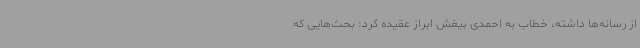
از رسانه‌ها داشته، خطاب به احمدی بیغش ابراز عقیده کرد: بحث‌هایی که